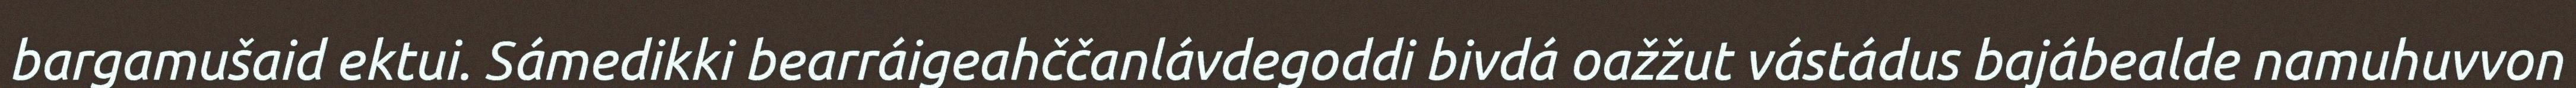
bargamušaid ektui. Sámedikki bearráigeahččanlávdegoddi bivdá oažžut vástádus bajábealde namuhuvvon